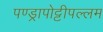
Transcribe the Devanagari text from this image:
पण्ड्रापोट्टीपल्लम